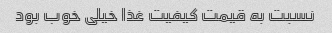
نسبت به قیمت کیفیت غذا خیلی خوب بود